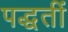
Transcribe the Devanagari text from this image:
पद्धतीं